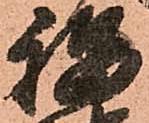
福